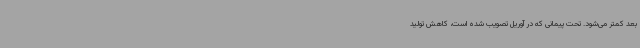
بعد کمتر می‌شود. تحت پیمانی که در آوریل تصویب شده است، کاهش تولید